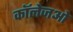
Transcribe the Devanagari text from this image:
कॉलेजओ